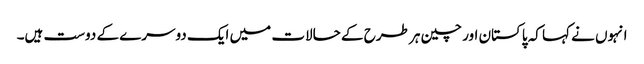
انہوں نے کہا کہ پاکستان اور چین ہر طرح کے حالات میں ایک دوسرے کے دوست ہیں۔